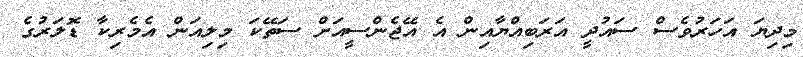
މިދިޔަ އަހަރުވެސް ސައުދީ އަރަބިއްޔާއިން އެ އޭޖެންސީއަށް ސަތޭކަ މިލިއަން އެމެރިކާ ޑޮލަރުގެ